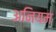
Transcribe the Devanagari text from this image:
अनियम